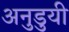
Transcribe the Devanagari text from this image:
अनुडुयी